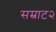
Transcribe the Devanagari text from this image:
सम्राट२